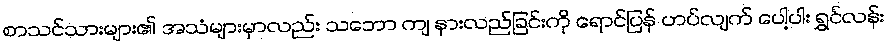
စာသင်သားများ၏ အသံများမှာလည်း သဘော ကျ နားလည်ခြင်းကို ရောင်ပြန် ဟပ်လျက် ပေါ့ပါး ရွှင်လန်း